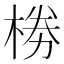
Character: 椦